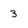
Character: 3